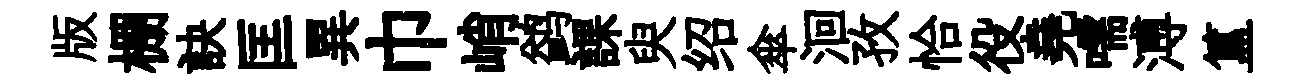
版棚訣匡異巾峭鹢課臾绍傘洄孜恰役堯嚅溥簋